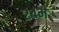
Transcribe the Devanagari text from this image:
२४मे